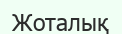
Жоталық